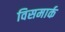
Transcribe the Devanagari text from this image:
विसमार्क